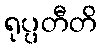
ရုပ္ပတီတိ